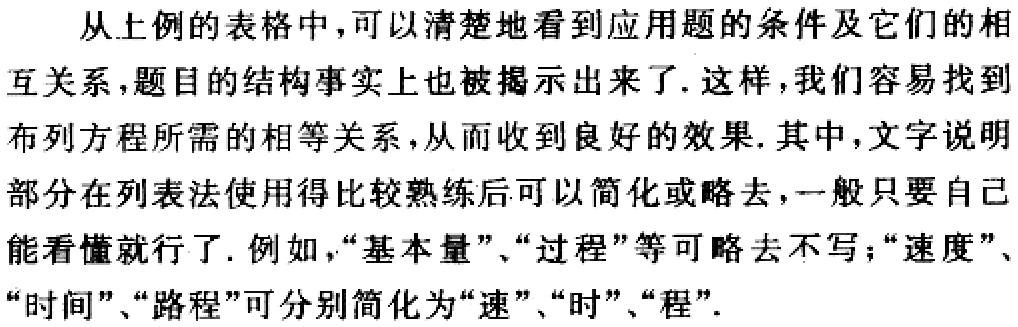
从上例的表格中，可以清楚地看到应用题的条件及它们的相互关系，题目的结构事实上也被揭示出来了. 这样，我们容易找到布列方程所需的相等关系，从而收到良好的效果. 其中，文字说明部分在列表法使用得比较熟练后可以简化或略去，一般只要自己能看懂就行了. 例如，“基本量”、“过程”等可略去不写；“速度”、“时间”、“路程”可分别简化为“速”、“时”、“程”.